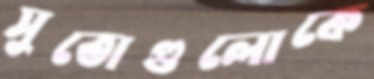
সুতোগুলোকে